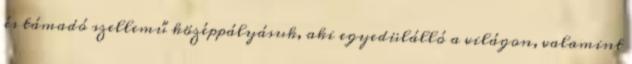
és támadó szellemű középpályásuk, aki egyedülálló a világon, valamint